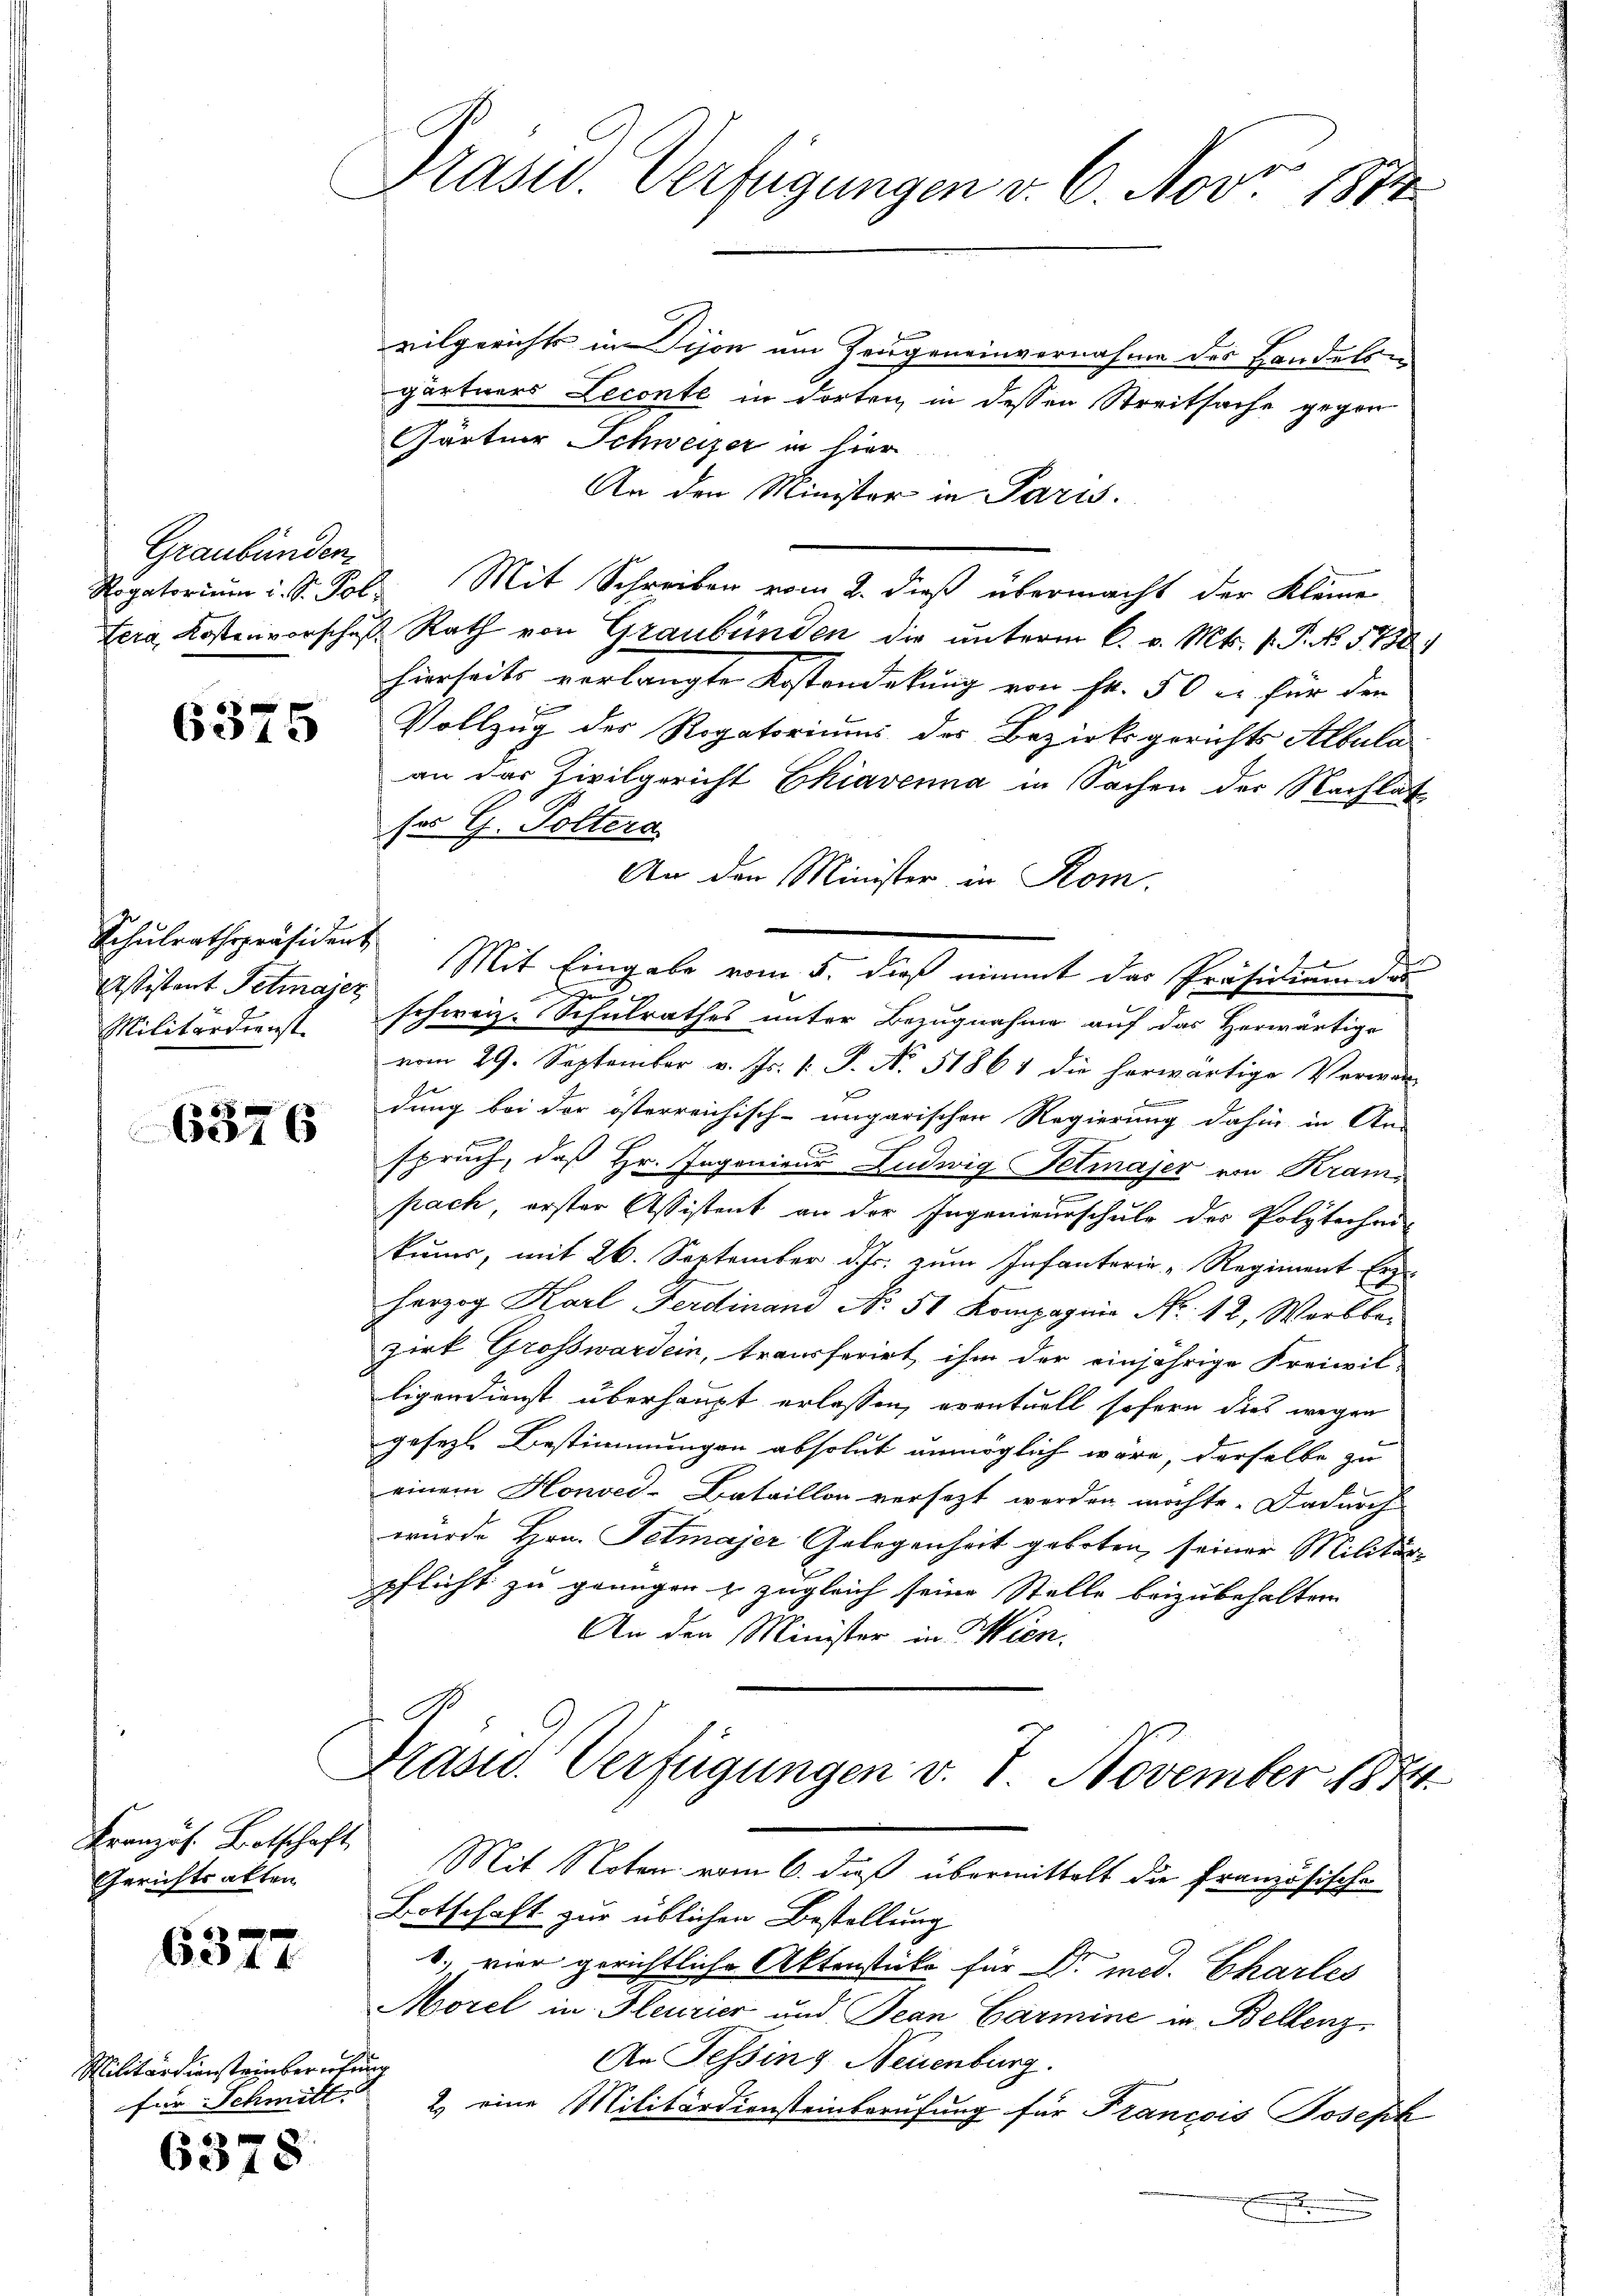
Graubünden.

6375

Schulrathspräsident
Militärdienst

6376

Kranzös. Botschaft
Gerichtsalten

6377

Militärdiensteinberichtung
für Schmitt

6378

Präsid. Verfügungen v. 6. Nov. 1874

vilgerichts in Tison am Zeugeneinvernahme des Handels
gärtners Leconte in dorten in dessen Streitsache gegen
Gärtner Schweizer in hier
An den Minister in Paris.
Rogatorium i. S. Pol Mit Schreiben vom 2. dieß übermacht der Kleine
Sera Kostenvorschuß Rath von Graubünden die unterm 6. v. Mts. 1. P. No. 1788.
hierseits verlangte Kostendekung von Fr. 50 l. für den
Vollzug des Rogatoriums des Bezirksgerichts Albula
an das Zivilgericht Chiavenna in Sachen der Nachlat
ser G. Poltera
An den Minister in Rom.
2
e
stistant Petmayer schweiz. Schulrathes unter Bezugnahme auf das Herwärtige
vom 29. September v. Js. v. J. No 51861 die herwärtige Verwar-
D
dung bei der österreichisch-ungarischen Regierung dahin in An-
.
spruch, daß Hr. Ingenieur Ludwig Fetmajer von Krampach, erster Assistent an der Ingenieurschule der Polytechei-
kums, mit 26. September d. Js. zum Infanterie-Regiment Er-
Herzog Karl Ferdinand No. 51 Kompagnie Nr. 12, Wartbar
zirk Grosswartein, transferirt, ihm der einjährige Freiwil-
ligendienst überhaupt erlassen, eventuell sofern dies wegen
gesezt Bestimmungen absolut unmöglich wäre, derselbe zu
einem Honvee-Bataillon versezt werden möchte. Dadurch
wurde Hrn. Tetmajer Gelegenheit geboten, seiner Militärpflicht zu genügen & zugleich seine Stelle beizubehalten
An den Minister in Wien.

Mit Eingabe vom 5. dieß nimmt das Präsidiumder

Mrasw. Verfügungen v. 7. November 1874

Botschaft zur üblichen Bestellung
b., vier gerichtliche Aktenstücke für Dr. med. Charles
Morel in Fleurier und Jean Garmine in Bellenz
An Tessing Neuenburg.
2) eine Militärdiensteinberufung für Francois Joseph
.

Mit Noten vom 6. daß übermittelt die französische